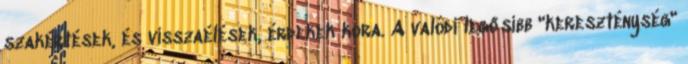
szakértések, és visszaélések, érdekek kora. A valódi legősibb "kereszténység"